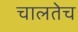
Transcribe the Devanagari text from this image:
चालतेच